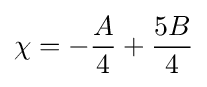
\chi =-{A \over 4}+{5B \over 4}